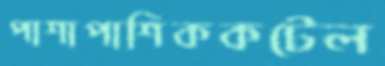
পাশাপাশিককটেল